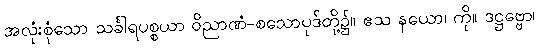
အလုံးစုံသော သင်္ခါရပစ္စယာ ဝိညာဏံ-စသောပုဒ်တို့၌။ ဧသ နယော၊ ကို။ ဒဋ္ဌဗ္ဗော၊